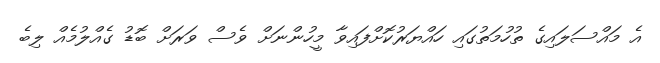
އެ މައްސަލައިގެ ތުހުމަތުގައި ހައްޔަރުކޮށްފައިވާ މީހުންނަށް ވެސް ވަރަށް ބޮޑު ގެއްލުމެއް ލިބެ